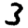
Digit: 3